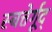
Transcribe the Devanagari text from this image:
स्चत्तेर्गूद्